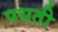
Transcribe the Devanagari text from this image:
पधती